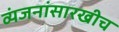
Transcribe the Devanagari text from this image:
व्यंजनांसारखीच